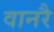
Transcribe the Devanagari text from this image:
वानरै